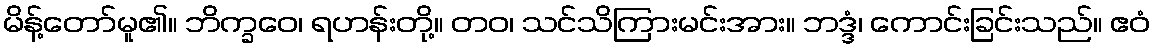
မိန့်တော်မူ၏။ ဘိက္ခဝေ၊ ရဟန်းတို့။ တဝ၊ သင်သိကြားမင်းအား။ ဘဒ္ဒံ၊ ကောင်းခြင်းသည်။ ဧဝံ